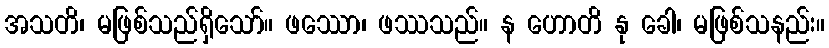
အသတိ၊ မဖြစ်သည်ရှိသော်။ ဖဿော၊ ဖဿသည်။ န ဟောတိ နု ခေါ၊ မဖြစ်သနည်း။